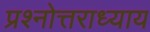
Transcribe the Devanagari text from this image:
प्रश्नोत्तराध्याय